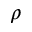
\rho